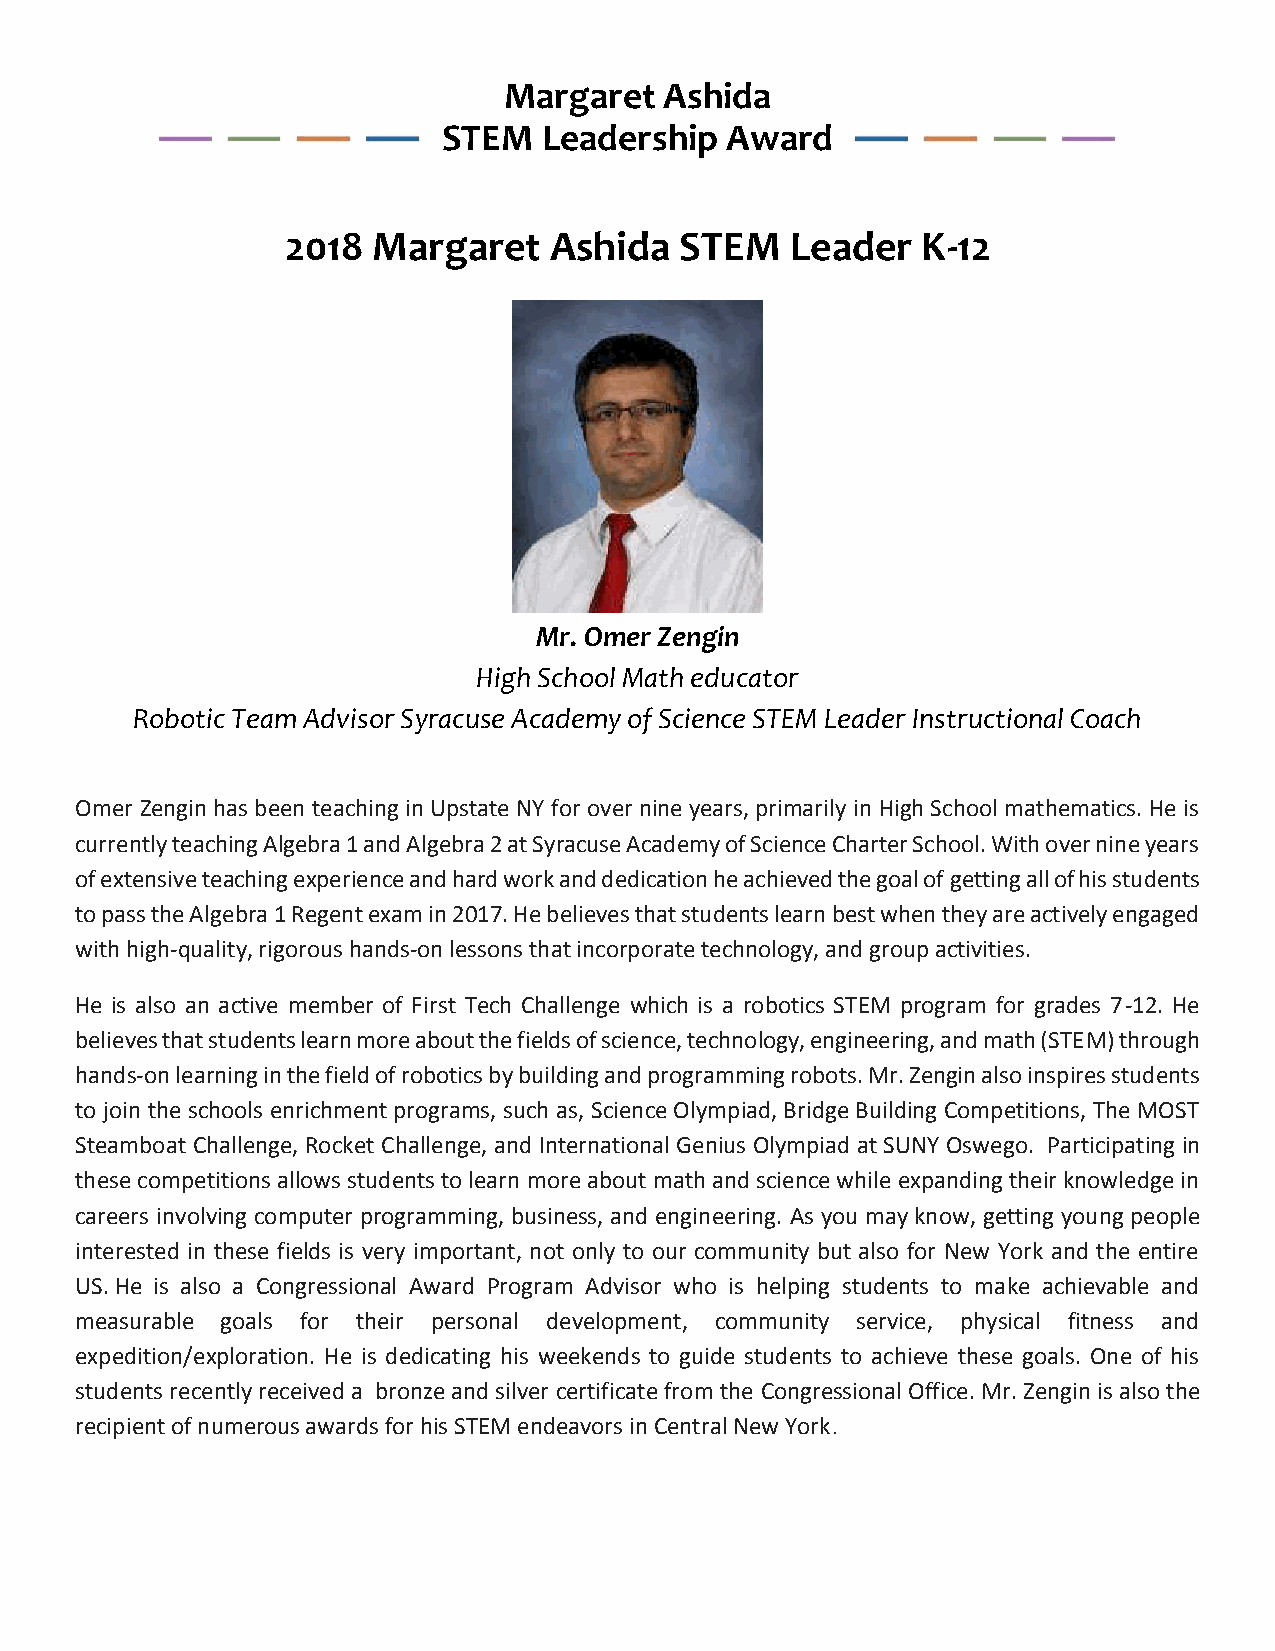
Margaret   Ashida
 STEM   Leadership  Award
 2018  Margaret   Ashida   STEM   Leader   K-12
 Mr. Omer Zengin
 High School Math educator
 Robotic Team Advisor Syracuse Academy of Science STEM Leader Instructional Coach
 Omer Zengin has been teaching in Upstate NY for over nine years, primarily in High School mathematics. He is
 currently teaching Algebra 1 and Algebra 2 at Syracuse Academy of Science Charter School. With over nine years
 of extensive teaching experience and hard work and dedication he achieved the goal of getting all of his students
 to pass the Algebra 1 Regent exam in 2017. He believes that students learn best when they are actively engaged
 with high-quality, rigorous hands-on lessons that incorporate technology, and group activities.
 He is also an active member of First Tech Challenge which is a robotics STEM program for grades 7-12. He
 believes that students learn more about the fields of science, technology, engineering, and math (STEM) through
 hands-on learning in the field of robotics by building and programming robots. Mr. Zengin also inspires students
 to join the schools enrichment programs, such as, Science Olympiad, Bridge Building Competitions, The MOST
 Steamboat Challenge, Rocket Challenge, and International Genius Olympiad at SUNY Oswego. Participating in
 these competitions allows students to learn more about math and science while expanding their knowledge in
 careers involving computer programming, business, and engineering. As you may know, getting young people
 interested in these fields is very important, not only to our community but also for New York and the entire
 US. He is also a Congressional Award Program Advisor who is helping students to make achievable and
 measurable goals for their personal development, community service, physical fitness and
 expedition/exploration. He is dedicating his weekends to guide students to achieve these goals. One of his
 students recently received a bronze and silver certificate from the Congressional Office. Mr. Zengin is also the
 recipient of numerous awards for his STEM endeavors in Central New York.